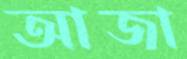
আজা